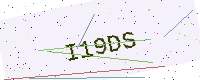
Text: I19DS